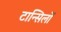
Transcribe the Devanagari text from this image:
टान्सिलों